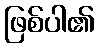
ဖြစ်ပါ၏